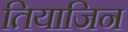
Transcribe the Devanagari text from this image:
तियाजिन